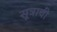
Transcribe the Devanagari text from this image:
सूत्राची